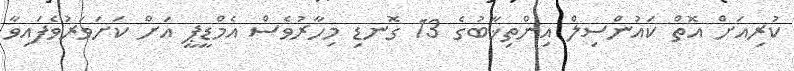
ކުރިއަށް އޮތް ކައުންސިލް އިންތިޚާބުގެ 13 ގޮނޑި މިހާރުވެސް އެމްޑީޕީ އަށް ކަށަވަރުވެފައިވާ